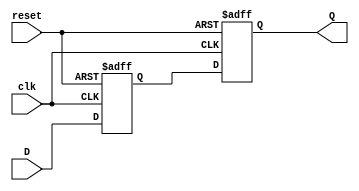
module t_flip_flop (
  input wire clk,
  input wire reset,
  input wire D,
  output reg Q
);

reg d_ff1_Q, d_ff2_Q;

// Master D flip-flop
always @(posedge clk, posedge reset)
begin
  if (reset)
    d_ff1_Q <= 1'b0;
  else
    d_ff1_Q <= D;
end

// Slave D flip-flop
always @(negedge clk, posedge reset)
begin
  if (reset)
    d_ff2_Q <= 1'b0;
  else
    d_ff2_Q <= d_ff1_Q;
end

// Assign output
assign Q = d_ff2_Q;

endmodule